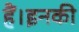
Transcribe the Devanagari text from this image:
हैं।इनकी